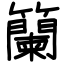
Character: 籣